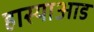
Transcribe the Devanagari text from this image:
हास्याआड